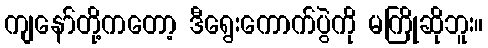
ကျနော်တို့ကတော့ ဒီရွေးကောက်ပွဲကို မကြိုဆိုဘူး။